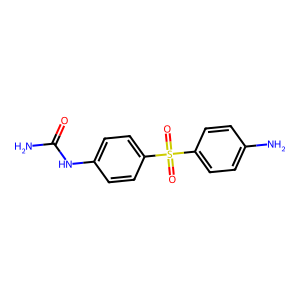
SMILES: NC(=O)Nc1ccc(S(=O)(=O)c2ccc(N)cc2)cc1
Inhibits HIV replication: No